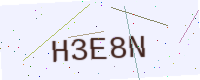
Text: H3E8N